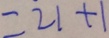
= 2 1 + 1